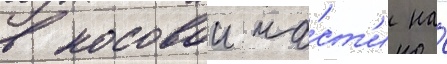
в носовои ча́ст'и на́